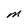
Character: M